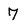
Character: 7